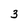
Character: 3